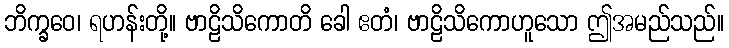
ဘိက္ခဝေ၊ ရဟန်းတို့။ ဗာဠိသိကောတိ ခေါ ဧတံ၊ ဗာဠိသိကောဟူသော ဤအမည်သည်။